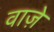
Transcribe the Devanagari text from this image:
वाज़े